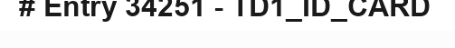
# Entry 34251 - TD1_ID_CARD